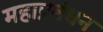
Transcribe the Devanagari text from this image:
महाप्रबंधन